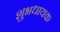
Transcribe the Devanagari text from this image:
शुभधायक